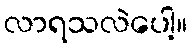
လာရသလဲပေါ့။